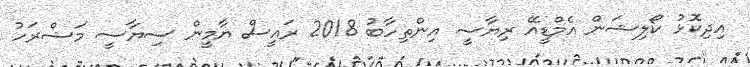
އިދިކޮޅު ކޯލިޝަން އެމްޑީއޭ ރިޔާސީ އިންތިހާބު 2018 ރައީސް ޔާމީން ސިޔާސީ މަޝްރަހު